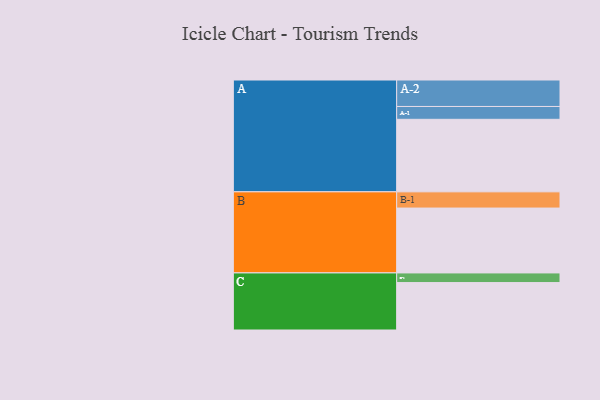
{"axis": {"x": "Segment", "y": "Value"}, "legend": ["", "A", "B", "C"], "data": [{"x": "A", "y": 474, "type": ""}, {"x": "B", "y": 424, "type": ""}, {"x": "C", "y": 310, "type": ""}, {"x": "A-1", "y": 84, "type": "A"}, {"x": "A-2", "y": 173, "type": "A"}, {"x": "B-1", "y": 106, "type": "B"}, {"x": "C-1", "y": 63, "type": "C"}]}